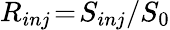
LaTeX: R_{inj}\! =\! S_{inj}/S_{0}